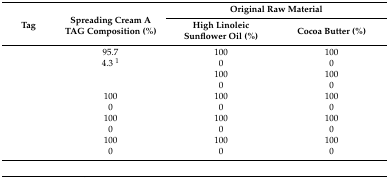
<table><thead><tr><td rowspan="2"><b>Tag</b></td><td rowspan="2"><b>Spreading Cream A TAG Composition (%)</b></td><td colspan="2"><b>Original Raw Material</b></td></tr><tr><td><b>High Linoleic Sunflower Oil (%)</b></td><td><b>Cocoa Butter (%)</b></td></tr></thead><tbody><tr><td>[EMPTY_CELL]</td><td>95.7</td><td>100</td><td>100</td></tr><tr><td>[EMPTY_CELL]</td><td>4.3 <sup>1</sup></td><td>0</td><td>0</td></tr><tr><td>[EMPTY_CELL]</td><td>[EMPTY_CELL]</td><td>100</td><td>100</td></tr><tr><td>[EMPTY_CELL]</td><td>[EMPTY_CELL]</td><td>0</td><td>0</td></tr><tr><td>[EMPTY_CELL]</td><td>100</td><td>100</td><td>100</td></tr><tr><td>[EMPTY_CELL]</td><td>0</td><td>0</td><td>0</td></tr><tr><td>[EMPTY_CELL]</td><td>100</td><td>100</td><td>100</td></tr><tr><td>[EMPTY_CELL]</td><td>0</td><td>0</td><td>0</td></tr><tr><td>[EMPTY_CELL]</td><td>100</td><td>100</td><td>100</td></tr><tr><td>[EMPTY_CELL]</td><td>0</td><td>0</td><td>0</td></tr><tr><td colspan="4">[EMPTY_CELL]</td></tr></tbody></table>